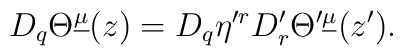
D_q\Theta^{\underline\mu}(z)=D_q\eta^{\prime r}D^\prime_r\Theta^{\prime\underline\mu}(z').